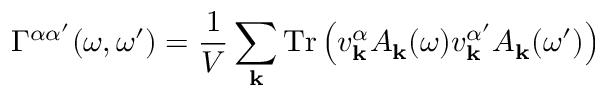
\Gamma ^ { \alpha \alpha ^ { \prime } } ( \omega , \omega ^ { \prime } ) = \frac { 1 } { V } \sum _ { \mathbf { k } } \mathrm { T r } \left( v _ { \mathbf { k } } ^ { \alpha } A _ { \mathbf { k } } ( \omega ) v _ { \mathbf { k } } ^ { \alpha ^ { \prime } } A _ { \mathbf { k } } ( \omega ^ { \prime } ) \right)